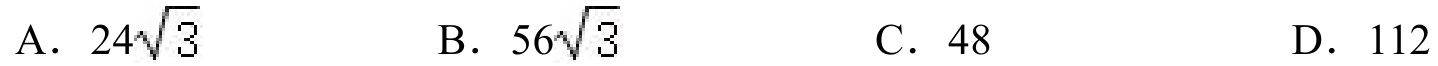
A．$24\sqrt{3}$
B．$56\sqrt{3}$
C．$48$
D．$112$